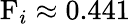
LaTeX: \mathrm{F}_{i}\approx 0.441